Elephants and their diseases
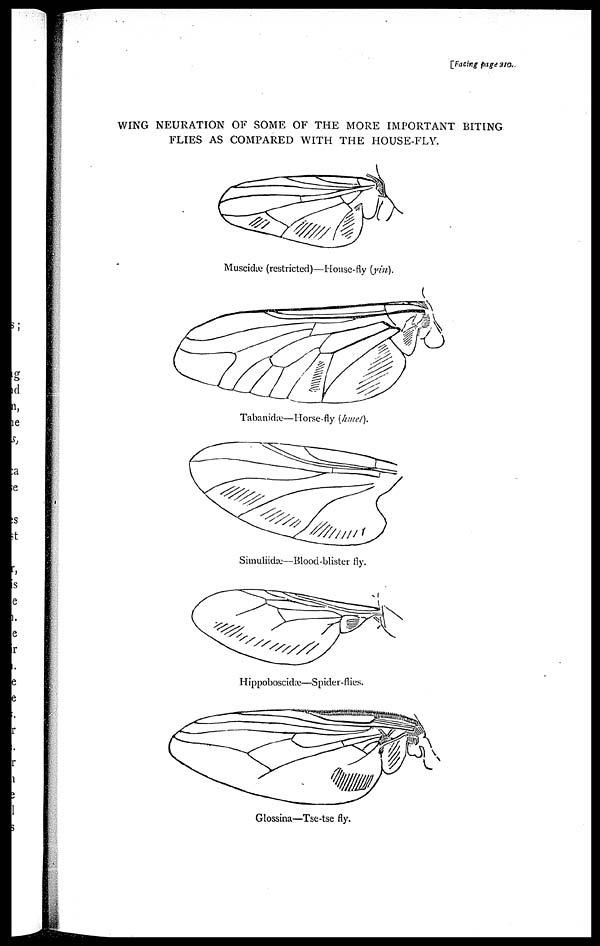
[Facing page 210.
WING NEURATION OF SOME OF THE MORE IMPORTANT BITING
FLIES AS COMPARED WITH THE HOUSE-FLY.
Muscidæ (restricted)—House-fly (yin).
Tabanidæ—Horse-fly (hmet).
Simulidæ—Blood-blister fly.
Hippoboscidæ—Spider-flies.
Glossina—Tse-tse fly.